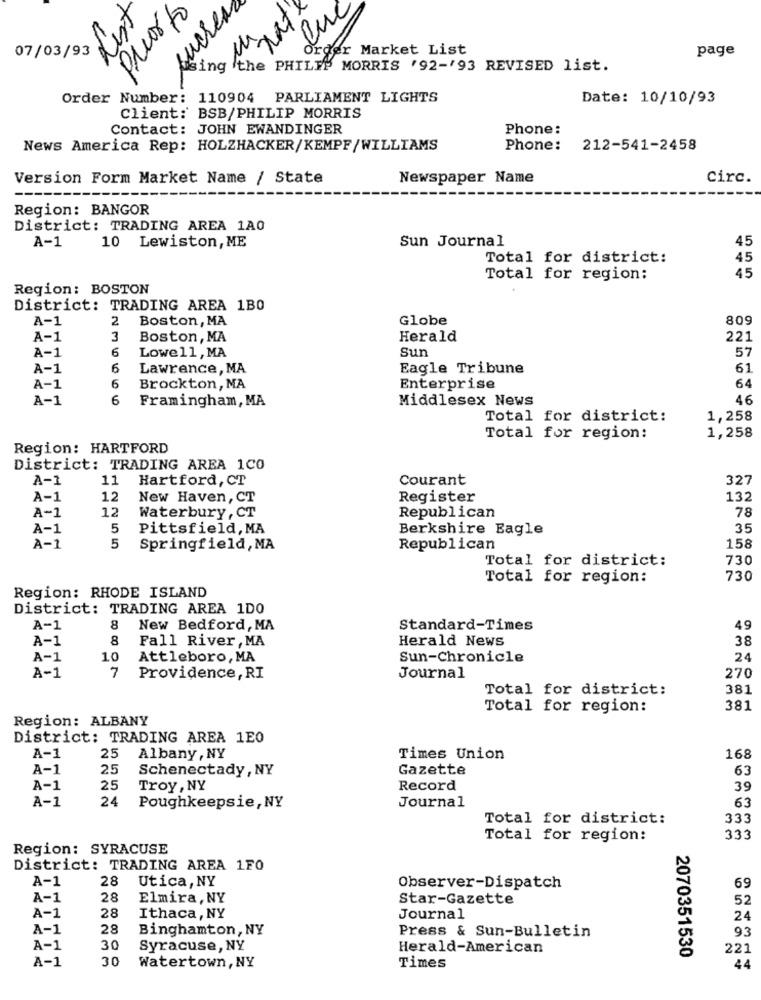
List
puorto
sucres
Luc
IN
fer Market List
page
07/03/93
Using the PHILIP MORRIS '92-193 REVISED list.
Order Number: 110904 PARLIAMENT LIGHTS
Date: 10/10/93
Client: BSB/PHILIP MORRIS
Contact: JOHN EWANDINGER
Phone:
News America Rep: HOLZHACKER/KEMPF/WILLIAMS
Phone:
212-541-2458
Version Form Market Name / State
Newspaper Name
Circ.
Region: BANGOR
District: TRADING AREA 1A0
Sun Journal
45
A-1
10 Lewiston, ME
Total for district:
45
45
Total for region:
Region: BOSTON
District: TRADING AREA 1B0
A-1
2
Boston, MA
Globe
809
A-1
3
Boston, MA
Herald
221
6
Lowell, MA
Sun
57
A-1
A-1
6
Lawrence, MA
Eagle Tribune
61
64
A-1
6
Brockton, MA
Enterprise
A-1
6
Framingham, MA
Middlesex News
46
Total for district:
1,258
Total for region:
1,258
Region: HARTFORD
District: TRADING AREA 1CO
A-1
11
Hartford, CT
Courant
327
A-1
12
New Haven, CT
Register
132
12
Waterbury, CT
78
A-1
Republican
A-1
5
Pittsfield, MA
Berkshire Eagle
35
A-1
5
Springfield, MA
Republican
158
Total for district:
730
Total for region:
730
Region: RHODE ISLAND
District: TRADING AREA 1DO
A-1
8
New Bedford, MA
Standard-Times
49
A-1
8
Fall River , MA
Herald News
38
A-1
10
Attleboro, MA
Sun-Chronicle
24
A-1
7
Providence, RI
Journal
270
Total for district:
381
Total for region:
381
Region: ALBANY
District: TRADING AREA 1E0
A-1
25
Albany , NY
Times Union
168
A-1
25
Schenectady , NY
Gazette
63
A-1
25
Troy, NY
Record
39
A-1
24
Journal
63
Poughkeepsie, NY
Total for district:
333
Total for region:
333
Region: SYRACUSE
District: TRADING AREA 1F0
A-1
28
Utica, NY
Observer-Dispatch
69
A-1
28
Elmira, NY
Star-Gazette
52
28
A-1
Ithaca, NY
Journal
24
A-1
28
Binghamton, NY
93
Press & Sun-Bulletin
A-1
30
Syracuse, NY
Herald-American
2070351530
221
A-1
30
Watertown, NY
Times
44